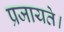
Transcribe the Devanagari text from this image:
प्रजायते।